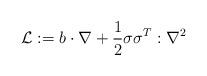
LaTeX: \begin{align*}\mathcal{L}:=b\cdot\nabla+\frac12\sigma\sigma^T:\nabla^2\end{align*}